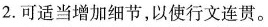
2. 可适当增加细节，以使行文连贯。